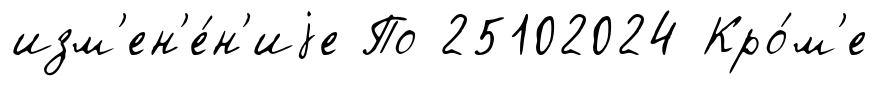
изм'ен'е́н'иjе По 25102024 Кро́м'е